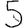
Digit: 5